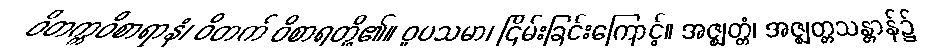
ဝိတက္ကဝိစာရာနံ၊ ဝိတက် ဝိစာရတို့၏။ ဝူပသမာ၊ ငြိမ်းခြင်းကြောင့်။ အဇ္ဈတ္တံ၊ အဇ္ဈတ္တသန္တာန်၌